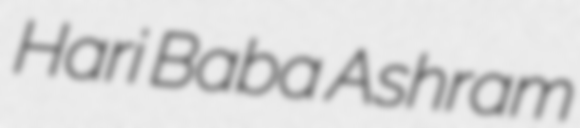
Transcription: Hari Baba Ashram